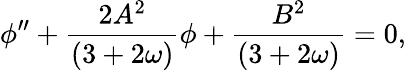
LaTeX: \phi^{\prime\prime}+\frac{2A^{2}}{(3+2\omega)}\phi+\frac{B^{2}}{(3+2\omega)}=0,